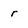
Character: r